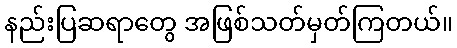
နည်းပြဆရာတွေ အဖြစ်သတ်မှတ်ကြတယ်။